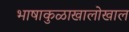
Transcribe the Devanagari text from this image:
भाषाकुळाखालोखाल